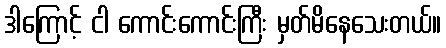
ဒါကြောင့် ငါ ကောင်းကောင်းကြီး မှတ်မိနေသေးတယ်။